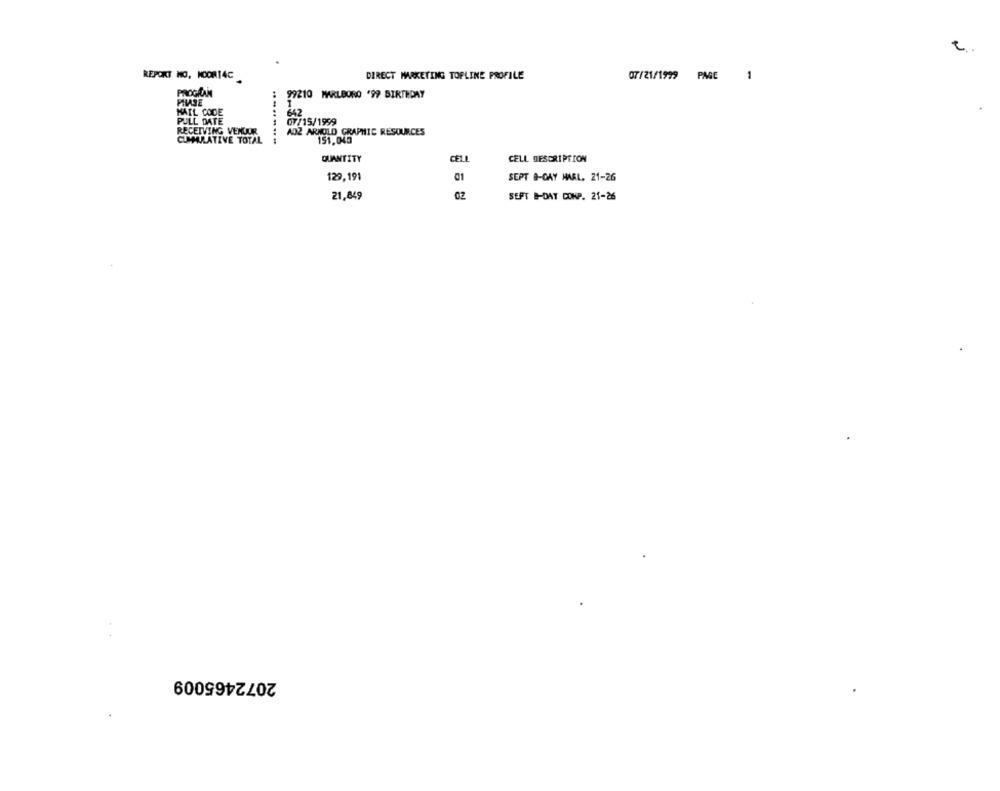
e
REPORT NO, NOORI4C
DIRECT MARKETING TOPLINE PROFILE
07/21/1999 PAGE
PROGRAM
99210 MARLBORO '99 BIRTHDAY
PILASE
MAIL CODE
642
PULL DATE
07/15/1999
RECEIVING VENDOR
AD2 ARNOLD GRAPHIC RESOURCES
CUMULATIVE TOTAL
151,040
QUANTITY
CELI
CELL DESCRIPTION
129,191
01
SEPT B-GAY HARL. 21-26
21,849
02
SEPT B-DAY CONP. 21-26
2072465009